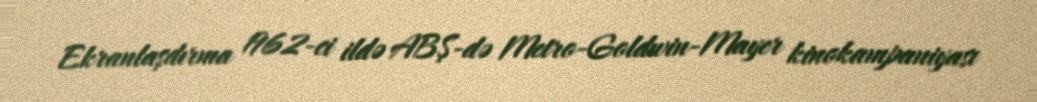
Ekranlaşdırma 1962-ci ildə ABŞ-də Metro-Goldwin-Mayer kinokampaniyası